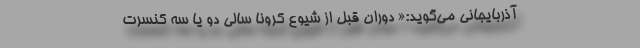
آذربایجانی می‌گوید:« دوران قبل از شیوع کرونا سالی دو یا سه کنسرت